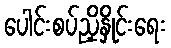
ပေါင်းစပ်ညှိနှိုင်းရေး